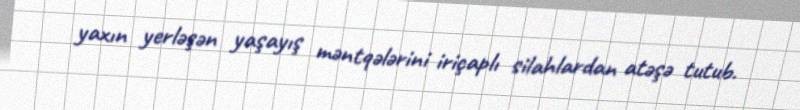
yaxın yerləşən yaşayış məntqələrini iriçaplı silahlardan atəşə tutub.